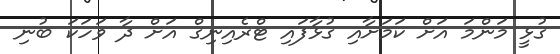
ގުޅީ މަންމަ އަށް ކަމަށާއި ގުޅާފައި ޓްރެއިނިގް އަށް ދާ ވަހަކަ ބުނި